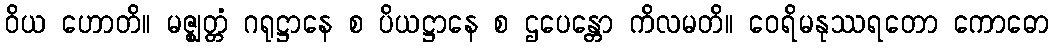
ဝိယ ဟောတိ။ မဇ္ဈတ္တံ ဂရုဋ္ဌာနေ စ ပိယဋ္ဌာနေ စ ဌပေန္တော ကိလမတိ။ ဝေရိမနုဿရတော ကောဓော